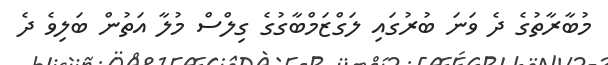
މުބާރާތުގެ ދެ ވަނަ ބުރުގައި ލަގްޒަމްބާގުގެ ގިލްސް މުލާ އަތުން ބަލިވެ ދެ